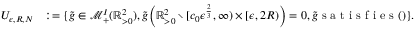
\begin{array} { r l } { U _ { \epsilon , R , N } } & { : = \{ \tilde { g } \in \mathscr { M } _ { + } ^ { I } ( \mathbb { R } _ { > 0 } ^ { 2 } ) , \tilde { g } \Big ( \mathbb { R } _ { > 0 } ^ { 2 } \setminus [ c _ { 0 } \epsilon ^ { \frac { 2 } { 3 } } , \infty ) \times [ \epsilon , 2 R ) \Big ) = 0 , \tilde { g } \textup { s a t i s f i e s } ( ) \} . } \end{array}